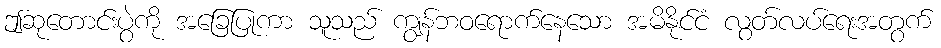
ဤဆုတောင်းပွဲကို အခြေပြုကာ သူသည် ကျွန်ဘဝရောက်နေသော အမိနိုင်ငံ လွတ်လပ်ရေးအတွက်